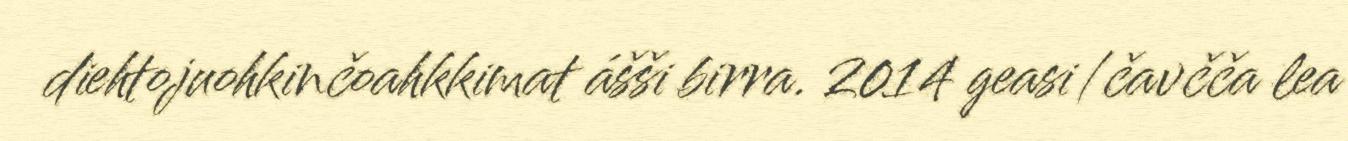
diehtojuohkinčoahkkimat ášši birra. 2014 geasi/čavčča lea